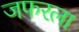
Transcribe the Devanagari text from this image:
जफरला